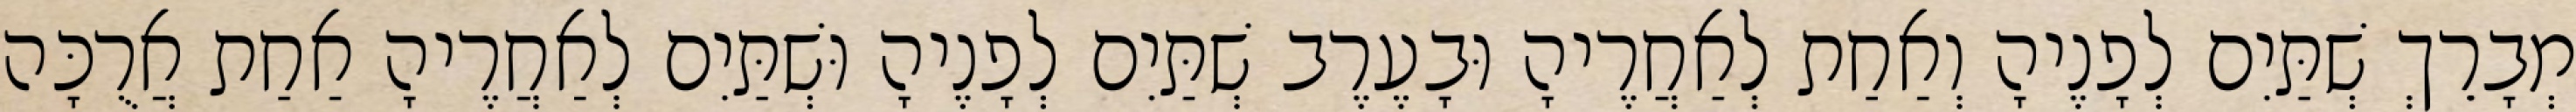
מְבָרֵךְ שְׁתַּיִם לְפָנֶיהָ וְאַחַת לְאַחֲרֶיהָ וּבָעֶרֶב שְׁתַּיִם לְפָנֶיהָ וּשְׁתַּיִם לְאַחֲרֶיהָ אַחַת אֲרֻכָּה